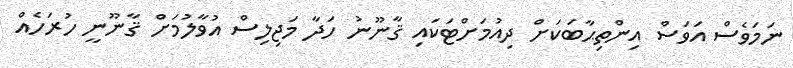
ނަމަވެސް އަވަސް އިންތިޙާބަކަށް ދިއުމަށްޓަކައި ޤާނޫނު ހަދާ މަޖިލިސް އުވާލުމަށް ޤާނޫނީ ހުރަހެއް